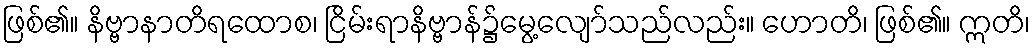
ဖြစ်၏။ နိဗ္ဗာနာတိရထောစ၊ ငြိမ်းရာနိဗ္ဗာန်၌မွေ့လျော်သည်လည်း။ ဟောတိ၊ ဖြစ်၏။ ဣတိ၊